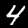
Label: 4